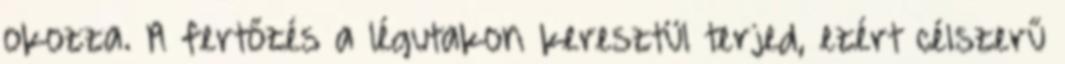
okozza. A fertőzés a légutakon keresztül terjed, ezért célszerű